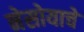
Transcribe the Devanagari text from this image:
नेसोयाचे